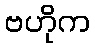
ဗဟိုက